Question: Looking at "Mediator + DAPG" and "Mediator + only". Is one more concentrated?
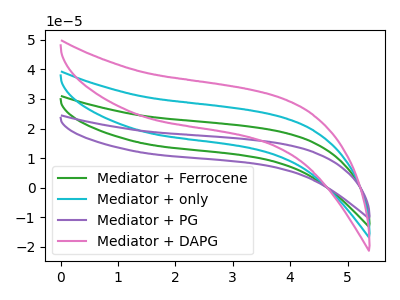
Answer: <think>The green curve "Mediator + Ferrocene" has no peaks. The cyan curve "Mediator + only" has no peaks. The purple curve "Mediator + PG" has no peaks. The pink curve "Mediator + DAPG" has no peaks.
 Neither "Mediator + DAPG" or "Mediator + only" have any peaks.</think>
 <answer>I cant tell if "Mediator + DAPG" or "Mediator + only" has higher concentration.</answer>
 <eval>mixed_concentration</eval>